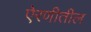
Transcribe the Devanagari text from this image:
ऐरणीतील